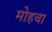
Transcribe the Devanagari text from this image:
मोहचा